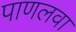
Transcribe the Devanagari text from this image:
पाणलवा